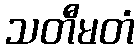
သတီမတံ